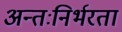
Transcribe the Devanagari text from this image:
अन्तःनिर्भरता